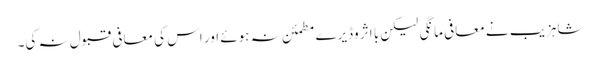
شاہزیب نے معافی مانگی لیکن با اثر وڈیرے مطمئن نہ ہوئے اور اس کی معافی قبول نہ کی۔